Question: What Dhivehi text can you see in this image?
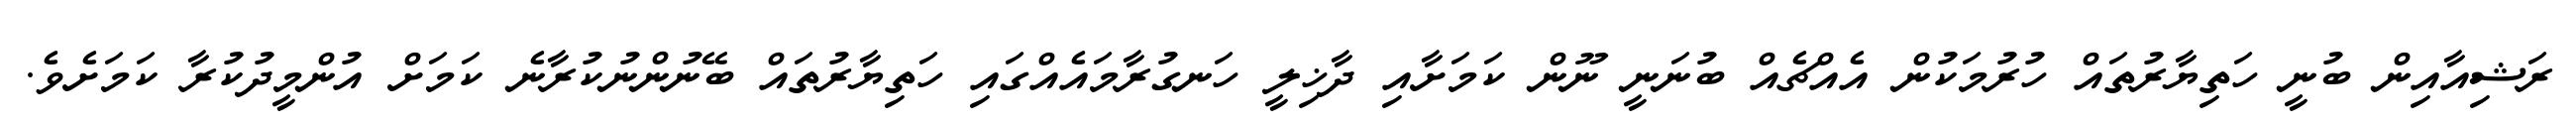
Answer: ރަޝިއާއިން ބުނީ ހަތިޔާރުތައް ހުރުމަކުން އެއްޗެއް ބުނަނީ ނޫން ކަމަށާއި ދާޚިލީ ހަނގުރާމައެއްގައި ހަތިޔާރުތައް ބޭނުންނުކުރާނެ ކަމަށް އުންމީދުކުރާ ކަމަށެވެ.